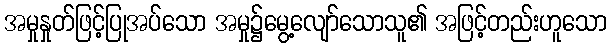
အမှုနှုတ်ဖြင့်ပြုအပ်သော အမှု၌မွေ့လျော်သောသူ၏ အဖြင့်တည်းဟူသော